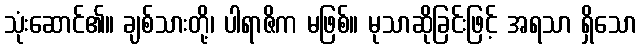
သုံးဆောင်၏။ ချစ်သားတို့၊ ပါရာဇိက မဖြစ်။ မုသာဆိုခြင်းဖြင့် အရသာ ရှိသော